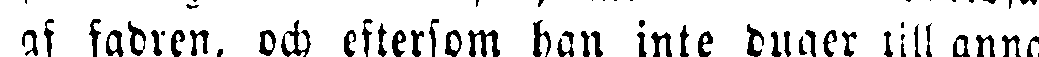
af fadren, och eftersom han inte duger till annat